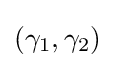
(\gamma _{1},\gamma _{2})